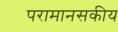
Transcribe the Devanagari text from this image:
परामानसकीय